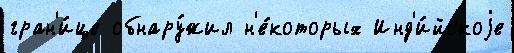
гран'и́це обнару́жил н'е́которых Инд'и́йскоjе